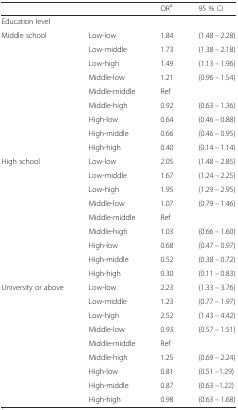
<table><thead><tr><td></td><td></td><td><b>OR<sup>a</sup></b></td><td><b>95 % CI</b></td></tr></thead><tbody><tr><td>Education level</td><td></td><td></td><td></td></tr><tr><td>Middle school</td><td>Low-low</td><td>1.84</td><td>(1.48 – 2.28)</td></tr><tr><td></td><td>Low-middle</td><td>1.73</td><td>(1.38 – 2.18)</td></tr><tr><td></td><td>Low-high</td><td>1.49</td><td>(1.13 – 1.96)</td></tr><tr><td></td><td>Middle-low</td><td>1.21</td><td>(0.96 – 1.54)</td></tr><tr><td></td><td>Middle-middle</td><td>Ref</td><td></td></tr><tr><td></td><td>Middle-high</td><td>0.92</td><td>(0.63 – 1.36)</td></tr><tr><td></td><td>High-low</td><td>0.64</td><td>(0.46 – 0.88)</td></tr><tr><td></td><td>High-middle</td><td>0.66</td><td>(0.46 – 0.95)</td></tr><tr><td></td><td>High-high</td><td>0.40</td><td>(0.14 – 1.14)</td></tr><tr><td>High school</td><td>Low-low</td><td>2.05</td><td>(1.48 – 2.85)</td></tr><tr><td></td><td>Low-middle</td><td>1.67</td><td>(1.24 – 2.25)</td></tr><tr><td></td><td>Low-high</td><td>1.95</td><td>(1.29 – 2.95)</td></tr><tr><td></td><td>Middle-low</td><td>1.07</td><td>(0.79 – 1.46)</td></tr><tr><td></td><td>Middle-middle</td><td>Ref</td><td></td></tr><tr><td></td><td>Middle-high</td><td>1.03</td><td>(0.66 – 1.60)</td></tr><tr><td></td><td>High-low</td><td>0.68</td><td>(0.47 – 0.97)</td></tr><tr><td></td><td>High-middle</td><td>0.52</td><td>(0.38 – 0.72)</td></tr><tr><td></td><td>High-high</td><td>0.30</td><td>(0.11 – 0.83)</td></tr><tr><td>University or above</td><td>Low-low</td><td>2.23</td><td>(1.33 – 3.76)</td></tr><tr><td></td><td>Low-middle</td><td>1.23</td><td>(0.77 – 1.97)</td></tr><tr><td></td><td>Low-high</td><td>2.52</td><td>(1.43 – 4.42)</td></tr><tr><td></td><td>Middle-low</td><td>0.93</td><td>(0.57 – 1.51)</td></tr><tr><td></td><td>Middle-middle</td><td>Ref</td><td></td></tr><tr><td></td><td>Middle-high</td><td>1.25</td><td>(0.69 – 2.24)</td></tr><tr><td></td><td>High-low</td><td>0.81</td><td>(0.51 –1.29)</td></tr><tr><td></td><td>High-middle</td><td>0.87</td><td>(0.63 –1.22)</td></tr><tr><td></td><td>High-high</td><td>0.98</td><td>(0.63 – 1.68)</td></tr></tbody></table>